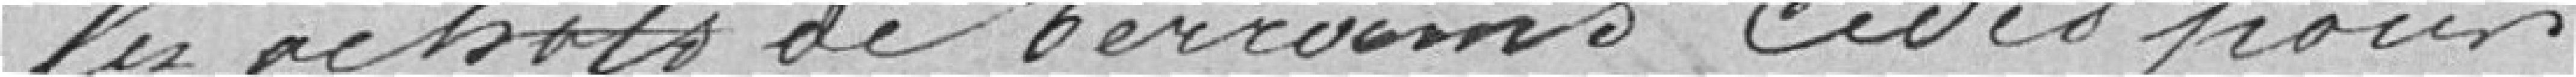
les achats de terrains cédés pour